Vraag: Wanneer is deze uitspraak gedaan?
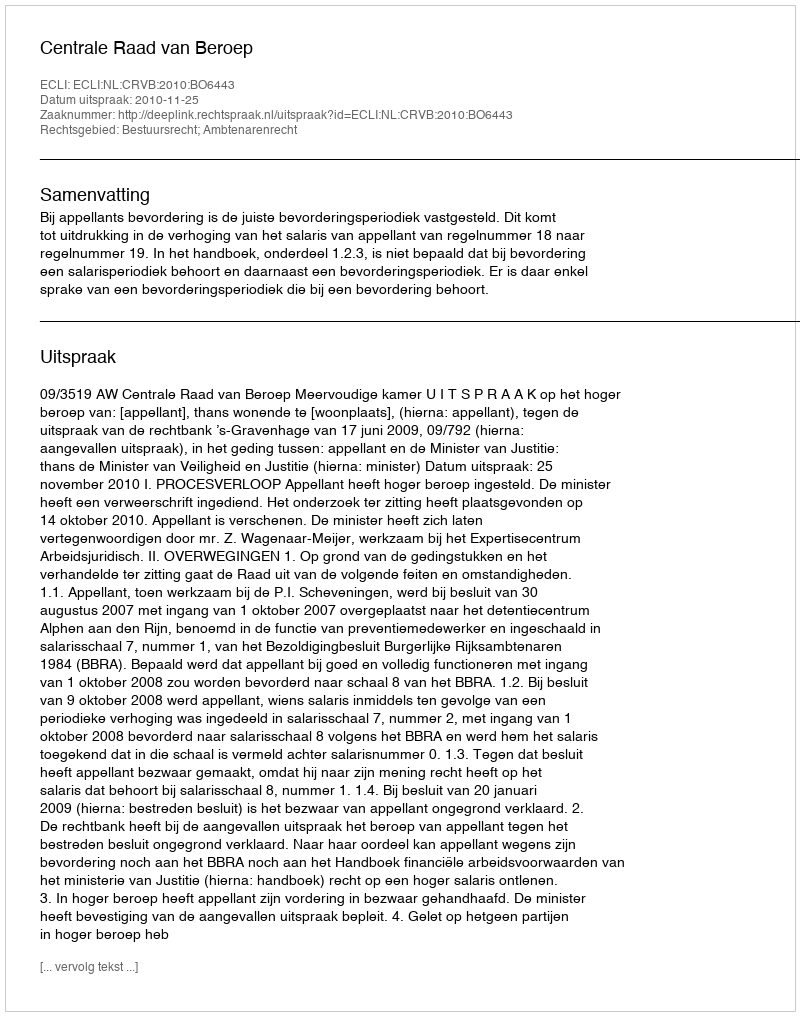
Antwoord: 2010-11-25